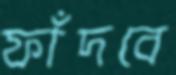
ফাঁদবে